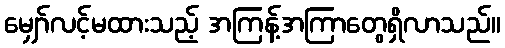
မျှော်လင့်မထားသည့် အကြန့်အကြာတွေရှိလာသည်။